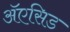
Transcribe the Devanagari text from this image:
ॲएसिड